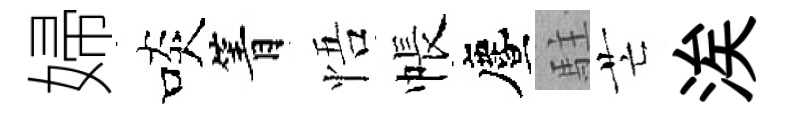
婦啖箐悟帳󵨌駐芒涘